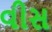
વીસ